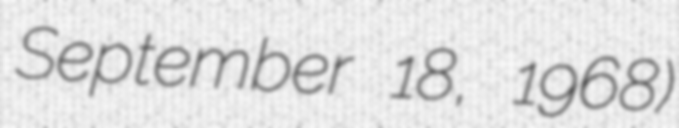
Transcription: September 18, 1968)